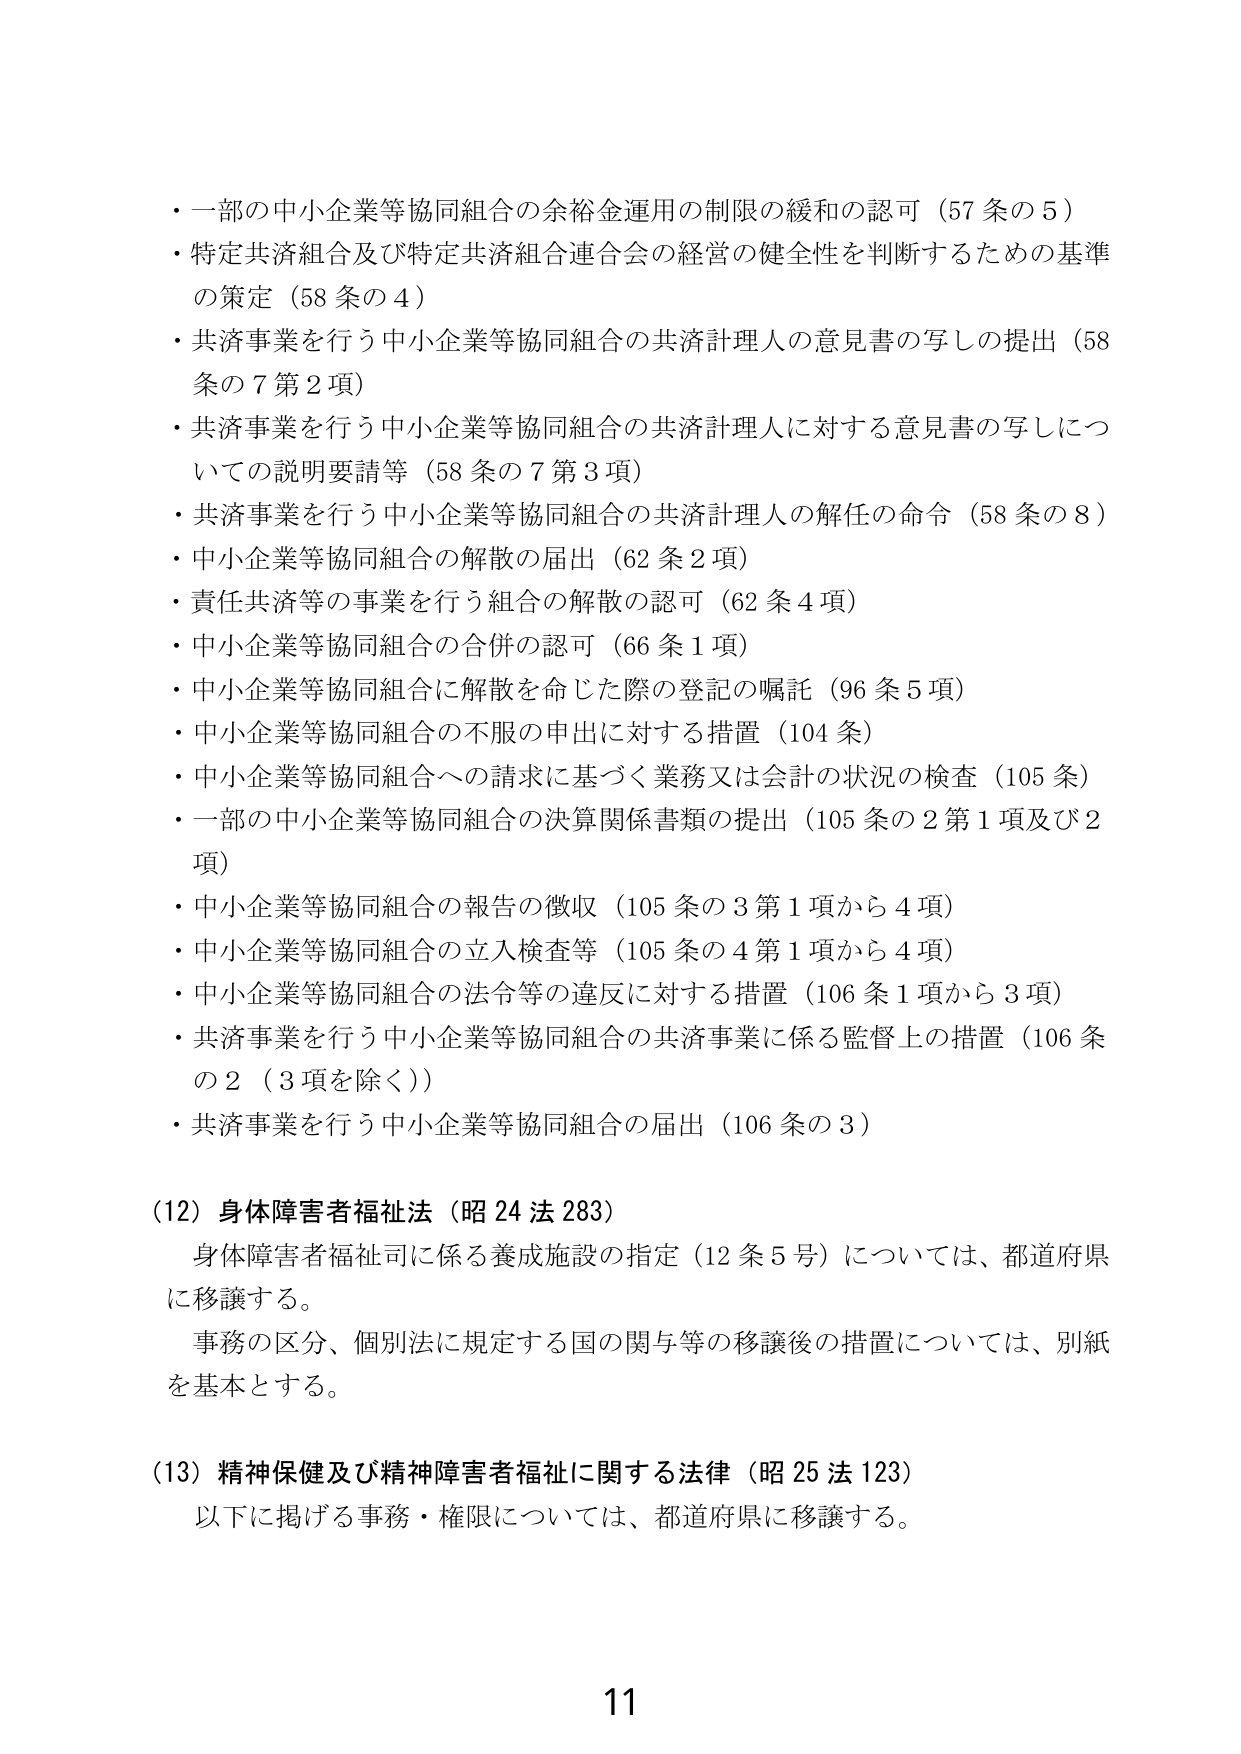
・一部の中小企業等協同組合の余裕金運用の制限の緩和の認可（57条の5）
・特定共済組合及び特定共済組合連合会の経営の健全性を判断するための基準の策定（58条の4）
・共済事業を行う中小企業等協同組合の共済計理人の意見書の写しの提出（58条の7第2項）
・共済事業を行う中小企業等協同組合の共済計理人に対する意見書の写しについての説明要請等（58条の7第3項）
・共済事業を行う中小企業等協同組合の共済計理人の解任の命令（58条の8）
・中小企業等協同組合の解散の届出（62条2項）
・責任共済等の事業を行う組合の解散の認可（62条4項）
・中小企業等協同組合の合併の認可（66条1項）
・中小企業等協同組合に解散を命じた際の登記の嘱託（96条5項）
・中小企業等協同組合の不服の申出に対する措置（104条）
・中小企業等協同組合への請求に基づく業務又は会計の状況の検査（105条）
・一部の中小企業等協同組合の決算関係書類の提出（105条の2第1項及び2項）
・中小企業等協同組合の報告の徴収（105条の3第1項から4項）
・中小企業等協同組合の立入検査等（105条の4第1項から4項）
・中小企業等協同組合の法令等の違反に対する措置（106条1項から3項）
・共済事業を行う中小企業等協同組合の共済事業に係る監督上の措置（106条の2（3項を除く））
・共済事業を行う中小企業等協同組合の届出（106条の3）

（12）身体障害者福祉法（昭24法283）
　身体障害者福祉司に係る養成施設の指定（12条5号）については、都道府県に移譲する。
　事務の区分、個別法に規定する国の関与等の移譲後の措置については、別紙を基本とする。

（13）精神保健及び精神障害者福祉に関する法律（昭25法123）
　以下に掲げる事務・権限については、都道府県に移譲する。

11